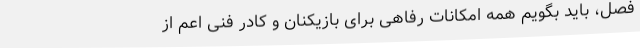
فصل، باید بگویم همه امکانات رفاهی برای بازیکنان و کادر فنی اعم از